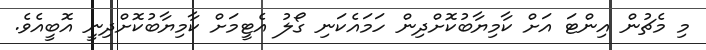
މި މެޗުން އިންޓަ އަށް ކާމިޔާބުކޮށްދިން ހަމައެކަނި ގޯލު އެޓީމަށް ކާމިޔާބުކޮށްދިނީ އޮބީއެވެ.